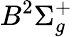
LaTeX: B^{2}\Sigma_{g}^{+}